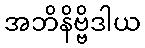
အဘိနိဗ္ဗိဒါယ